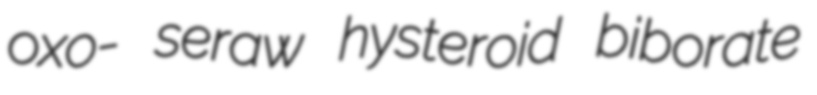
oxo- seraw hysteroid biborate